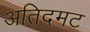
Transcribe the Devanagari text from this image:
अतिदमट